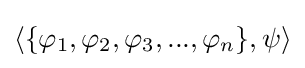
\langle \{\varphi _{1},\varphi _{2},\varphi _{3},...,\varphi _{n}\},\psi \rangle